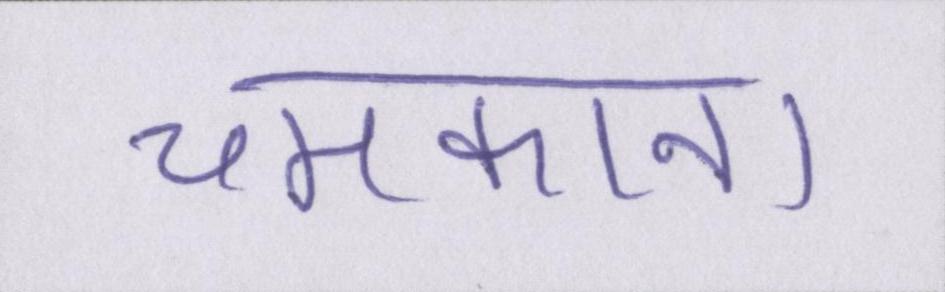
चमकाना